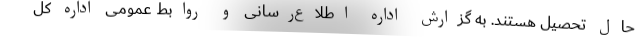
حال تحصیل هستند. به گزارش اداره اطلاع‌رسانی و روابط عمومی اداره کل